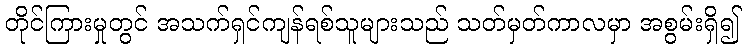
တိုင်ကြားမှုတွင် အသက်ရှင်ကျန်ရစ်သူများသည် သတ်မှတ်ကာလမှာ အစွမ်းရှိ၍